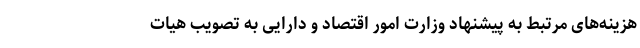
هزینه‌های مرتبط به پیشنهاد وزارت امور اقتصاد و دارایی به تصویب هیات